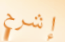
إشرح